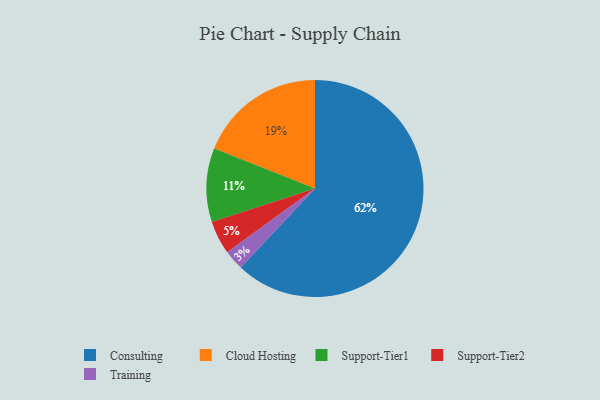
{"axis": {"x": "Category", "y": "Percentage"}, "legend": ["Cloud Hosting", "Consulting", "Support-Tier1", "Support-Tier2", "Training"], "data": [{"x": "Cloud Hosting", "y": 19, "type": "Cloud Hosting"}, {"x": "Training", "y": 3, "type": "Training"}, {"x": "Support-Tier2", "y": 5, "type": "Support-Tier2"}, {"x": "Support-Tier1", "y": 11, "type": "Support-Tier1"}, {"x": "Consulting", "y": 62, "type": "Consulting"}]}